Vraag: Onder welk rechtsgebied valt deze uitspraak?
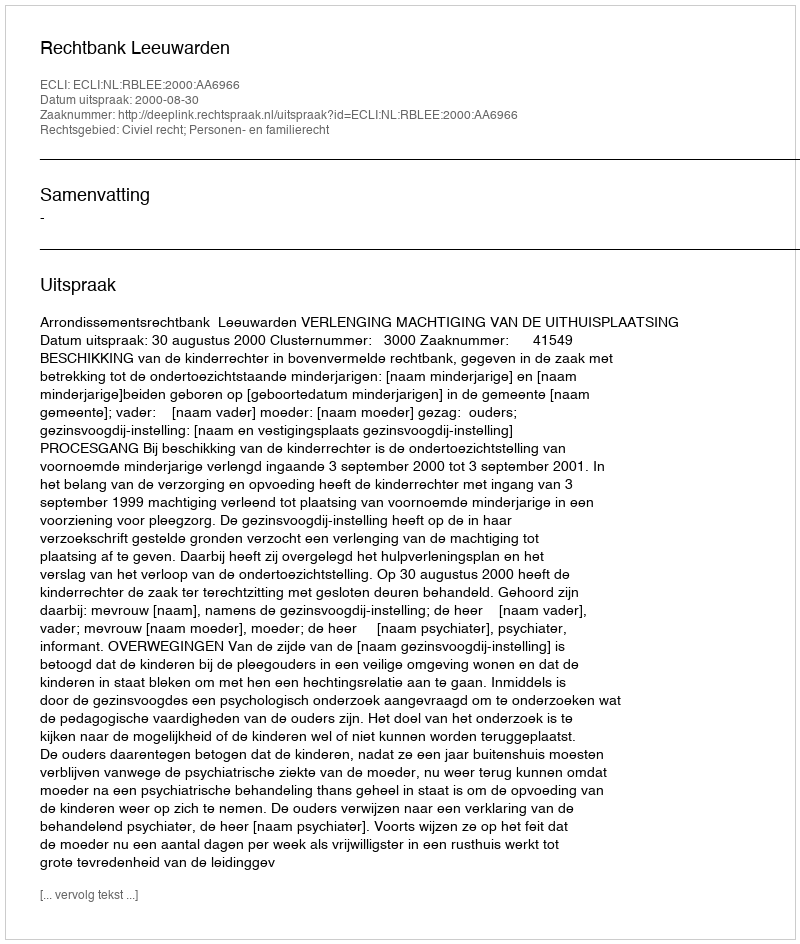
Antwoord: Civiel recht; Personen- en familierecht